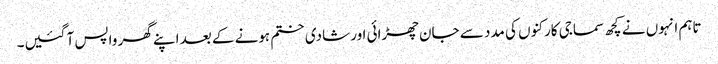
تاہم انہوں نے کچھ سماجی کارکنوں کی مدد سے جان چھڑائی اور شادی ختم ہونے کے بعد اپنے گھر واپس آ گئیں۔